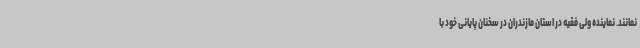
نمانند. نماینده ولی فقیه در استان مازندران در سخنان پایانی خود با